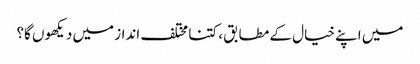
میں اپنے خیال کے مطابق ، کتنا مختلف انداز میں دیکھوں گا؟